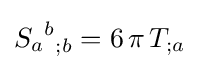
{{S_{a}}^{b}}_{;b}=6\,\pi \,T_{;a}